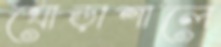
ঘোড়াশালে